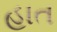
હાત